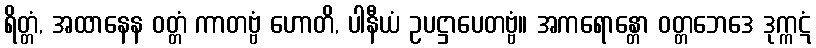
ရိတ္တံ, အထာနေန ဝတ္တံ ကာတဗ္ဗံ ဟောတိ, ပါနီယံ ဥပဋ္ဌာပေတဗ္ဗံ။ အကရောန္တော ဝတ္တဘေဒေ ဒုက္ကဋံ